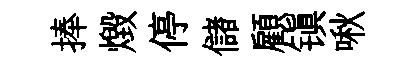
捧燬停儲顧镇啾